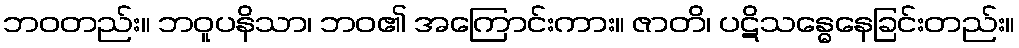
ဘဝတည်း။ ဘဝူပနိသာ၊ ဘဝ၏ အကြောင်းကား။ ဇာတိ၊ ပဋိသန္ဓေနေခြင်းတည်း။